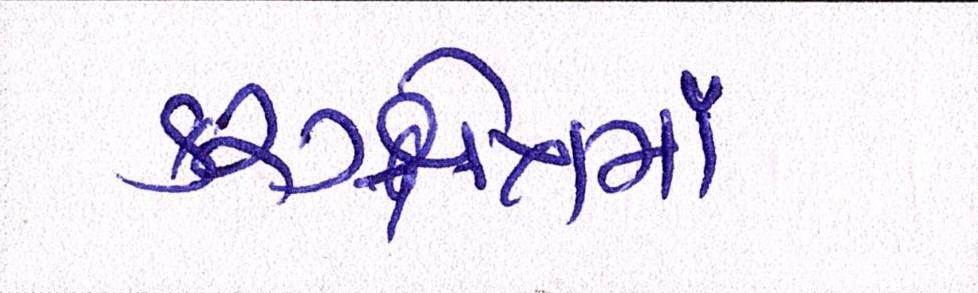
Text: કરુક્ષેત્રમાં